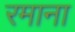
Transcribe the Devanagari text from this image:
रमाना